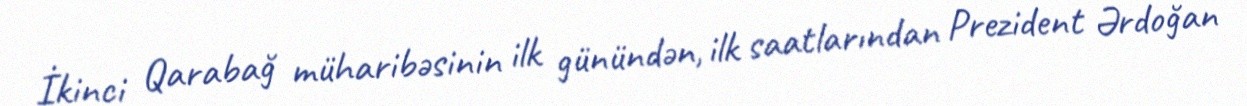
İkinci Qarabağ müharibəsinin ilk günündən, ilk saatlarından Prezident Ərdoğan